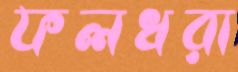
ফলধরা